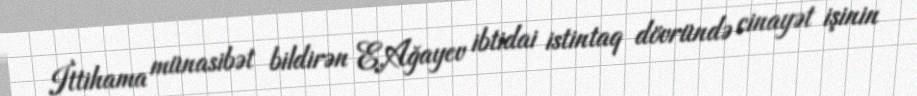
İttihama münasibət bildirən E.Ağayev ibtidai istintaq dövründə cinayət işinin